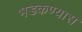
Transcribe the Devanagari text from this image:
भडकण्यास